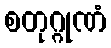
စတုဂ္ဂုဏံ